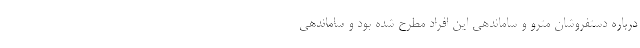
درباره دستفروشان مترو و ساماندهی این افراد مطرح شده بود و ساماندهی